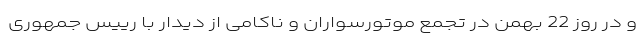
و در روز 22 بهمن در تجمع موتورسواران و ناکامی از دیدار با رییس جمهوری